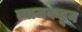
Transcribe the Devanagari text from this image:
त्याजकडून